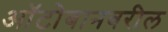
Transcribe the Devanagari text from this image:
ऑटोबानवरील